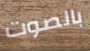
بالصوت